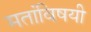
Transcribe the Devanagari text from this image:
मतांविषयी